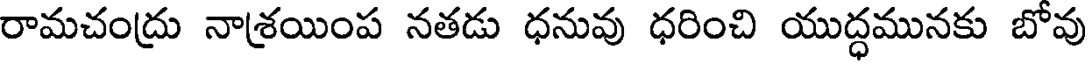
రామచంద్రు నాశ్రయింప నతడు ధనువు ధరించి యుద్ధమునకు బోవు